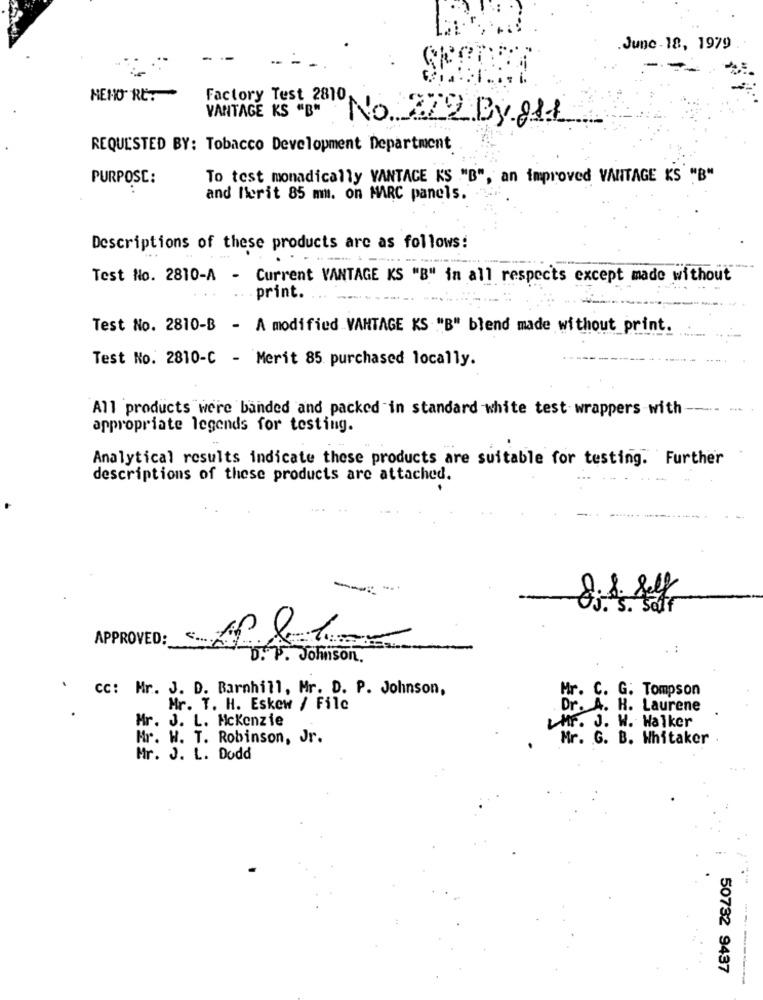
.June-18, 1979
-
-- -
NEHO RE:
Factory Test 2810
VANTAGE KS "B"
No 222 By 881
REQUESTED BY: Tobacco Development Department
PURPOSE:
To test monadically VANTACE KS ."B", an improved VANTAGE KS "B"
and Ierit 85 mm. on MARC panels.
Descriptions of these products are as follows:
-
Test No. 2810-A - Current VANTAGE KS "B" in all respects except made without
print.
Test No. 2810-B - A modified VANTAGE KS "B" blend made without_print.
Test No. 2810-C - Merit 85 purchased locally.
All products were banded and packed in standard white test wrappers with
appropriate legends for testing.
Analytical results indicate these products are suitable for testing. Further
descriptions of these products are attached.
APPROVED:
D. P. Johnson.
cc: Mr. J. D. Barnhill, Mr. D. P. Johnson,
Mr. C. G. Tompson
Mr. T. H. Eskew / File
Dr. A. H. Laurene
Mr. J. L. Mckenzie
Mr. J. W. Walker
Mr. H. T. Robinson, Jr.
Mr. G. B. Whitaker
Mr. J. L. Dodd
50732 9437
----------